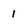
Character: 1